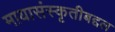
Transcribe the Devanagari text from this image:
मायासंस्कृतीबद्दल